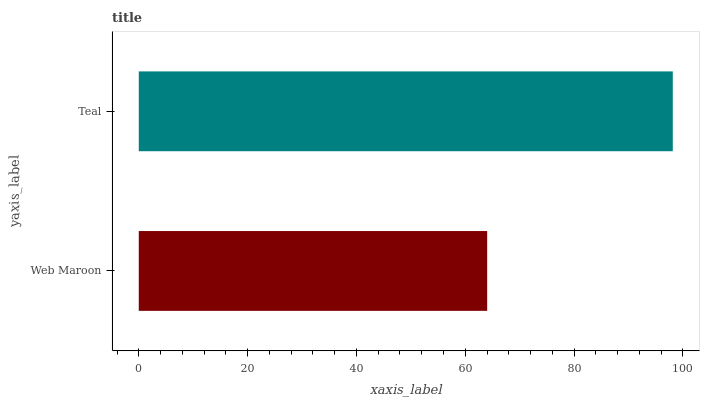
| yaxis_label | bars |
 | --- | --- |
 | Web Maroon | 64 |
 | Teal | 98.1 |